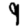
Digit: 9